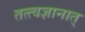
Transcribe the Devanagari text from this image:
तत्त्वज्ञानात्